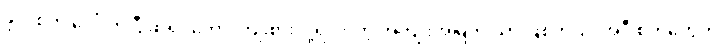
ဖိုလ်စိတ် ပေါ်လာပြီ ဆိုရင်တော့ ကြိုးစားလို့ရလာတဲ့ အကျိုးအမြတ် သာ ဖြစ်တယ်၊ အဲဒီ စိတ်တွေက